Document type: Emphyteutic lease
Year: 1316
Scribe: Berenguer de Vallseca
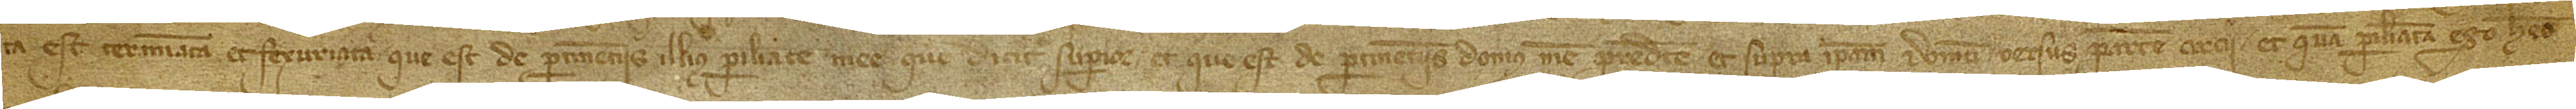
ta est, terminata et fexuriata, que est de pertinenciis illius pariliate mee que dicit superius et que est de pertinenciis domus mee predicte, et supra ipsam domum versus partem circii. Et quam pariliatam ego habeo